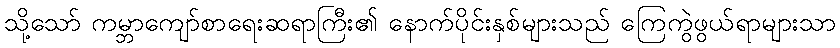
သို့သော် ကမ္ဘာကျော်စာရေးဆရာကြီး၏ နောက်ပိုင်းနှစ်များသည် ကြေကွဲဖွယ်ရာများသာ